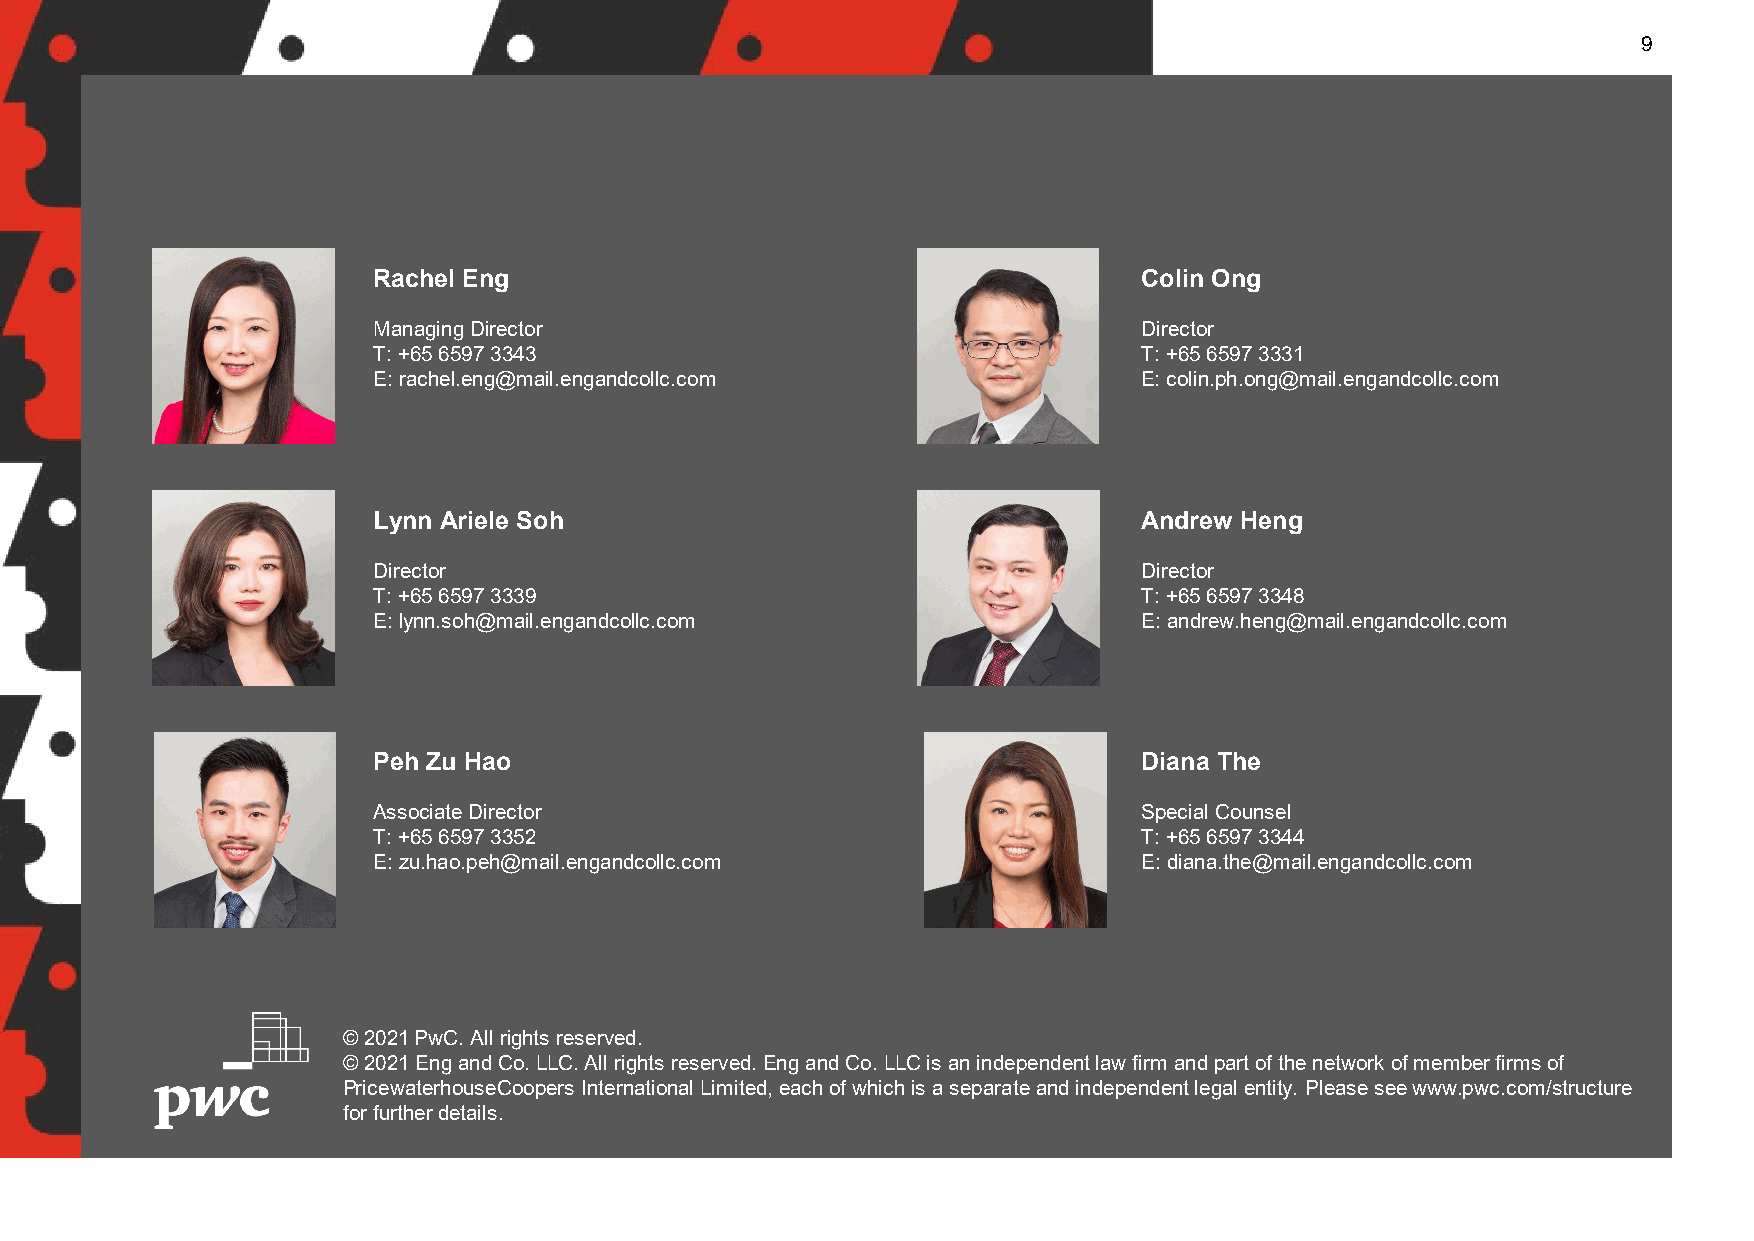
9
 Rachel Eng                                         Colin Ong
 Managing Director                                  Director
 T: +65 6597 3343                                   T: +65 6597 3331
 E: rachel.eng@mail.engandcollc.com                 E: colin.ph.ong@mail.engandcollc.com
 Lynn Ariele Soh                                    Andrew Heng
 Director                                           Director
 T: +65 6597 3339                                   T: +65 6597 3348
 E: lynn.soh@mail.engandcollc.com                   E: andrew.heng@mail.engandcollc.com
 Peh Zu Hao                                         Diana The
 Associate Director                                 Special Counsel
 T: +65 6597 3352                                   T: +65 6597 3344
 E: zu.hao.peh@mail.engandcollc.com                 E: diana.the@mail.engandcollc.com
 © 2021 PwC. All rights reserved.
 © 2021 Engand Co. LLC. All rights reserved. Engand Co. LLC is an independent law firm and part of the network of member firms of
 PricewaterhouseCoopers International Limited, each of which is a separate and independent legal entity. Please see www.pwc.com/structure
 for further details.